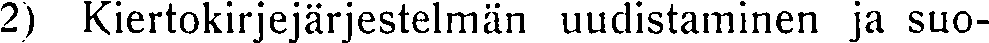
2) Kiertokirjejärjestelmän uudistaminen ja suo-